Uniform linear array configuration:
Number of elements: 64
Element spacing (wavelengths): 0.75
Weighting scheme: kaiser
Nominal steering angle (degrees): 0
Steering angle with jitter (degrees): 0.03056
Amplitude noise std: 0.05
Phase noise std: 0.05

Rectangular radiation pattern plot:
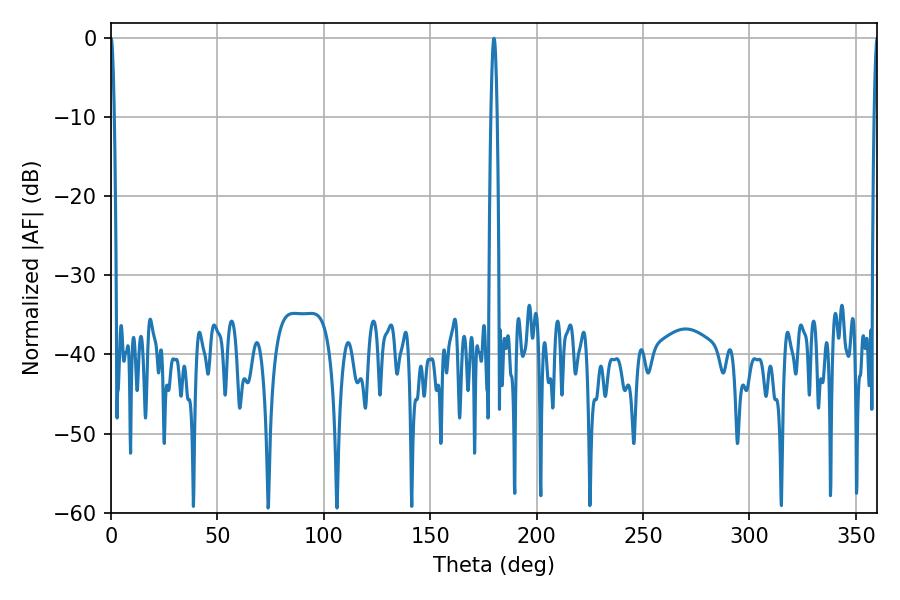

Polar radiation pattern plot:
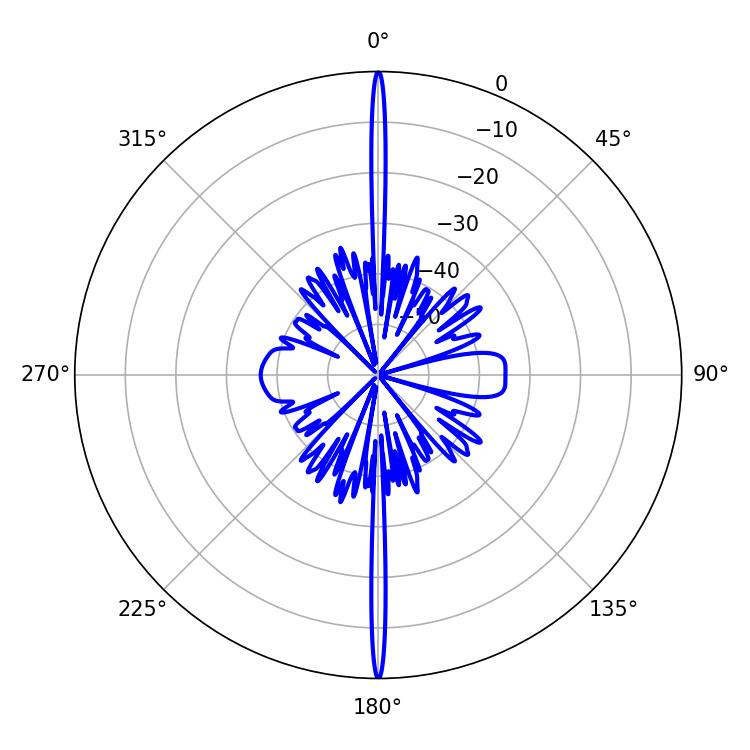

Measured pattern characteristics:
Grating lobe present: TRUE
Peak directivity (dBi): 43.22
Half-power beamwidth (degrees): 0.72
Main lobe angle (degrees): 0